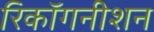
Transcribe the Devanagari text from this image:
रिकॉगनीशन